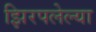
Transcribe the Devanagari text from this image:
झिरपलेल्या